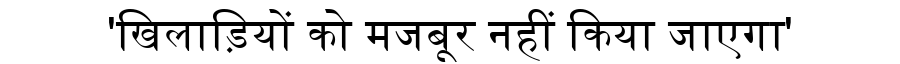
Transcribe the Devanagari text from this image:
'खिलाड़ियों को मजबूर नहीं किया जाएगा'